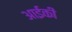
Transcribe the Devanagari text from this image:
आईकी